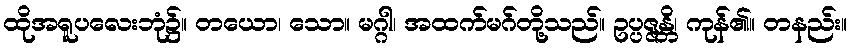
ထိုအရူပလေးဘုံ၌။ တယော၊ သော။ မဂ္ဂါ၊ အထက်မဂ်တို့သည်။ ဥပ္ပဇ္ဇန္တိ၊ ကုန်၏။ တနည်း။